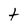
Character: t